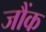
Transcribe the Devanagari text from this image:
जौंक